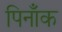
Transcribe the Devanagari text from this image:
पिनाँक